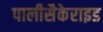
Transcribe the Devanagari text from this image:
पालीसैकेराइड